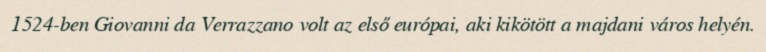
1524-ben Giovanni da Verrazzano volt az első európai, aki kikötött a majdani város helyén.